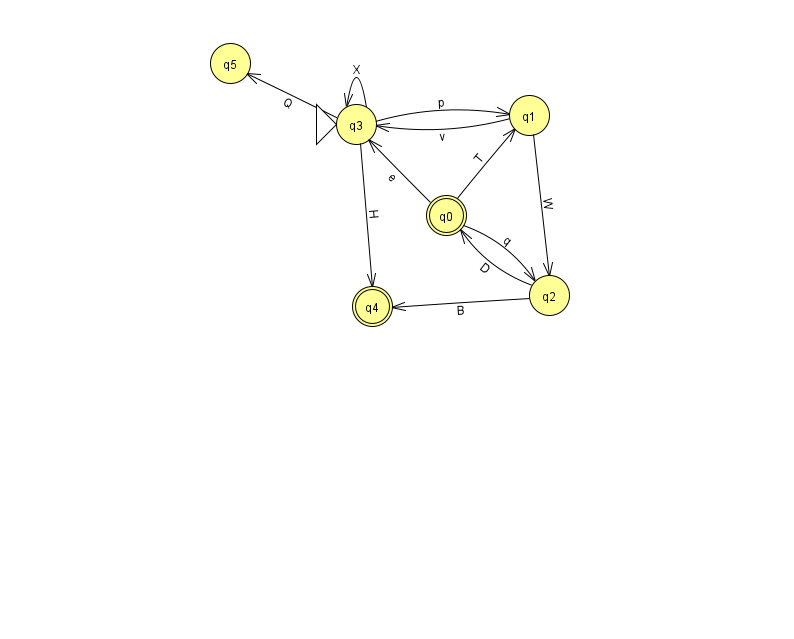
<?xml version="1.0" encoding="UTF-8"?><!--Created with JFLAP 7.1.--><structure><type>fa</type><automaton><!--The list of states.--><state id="0" name="q0"><x>446.0</x><y>202.0</y><final/></state><state id="1" name="q1"><x>529.0</x><y>102.0</y></state><state id="2" name="q2"><x>549.0</x><y>282.0</y></state><state id="3" name="q3"><x>356.0</x><y>111.0</y><initial/></state><state id="4" name="q4"><x>372.0</x><y>293.0</y><final/></state><state id="5" name="q5"><x>230.0</x><y>50.0</y></state><!--The list of transitions.--><transition><from>0</from><to>2</to><read>q</read></transition><transition><from>0</from><to>3</to><read>e</read></transition><transition><from>1</from><to>3</to><read>v</read></transition><transition><from>2</from><to>4</to><read>B</read></transition><transition><from>3</from><to>1</to><read>p</read></transition><transition><from>1</from><to>2</to><read>W</read></transition><transition><from>2</from><to>0</to><read>D</read></transition><transition><from>0</from><to>1</to><read>T</read></transition><transition><from>3</from><to>3</to><read>X</read></transition><transition><from>3</from><to>5</to><read>Q</read></transition><transition><from>3</from><to>4</to><read>H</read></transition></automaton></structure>